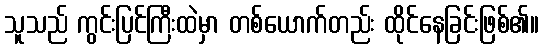
သူသည် ကွင်းပြင်ကြီးထဲမှာ တစ်ယောက်တည်း ထိုင်နေခြင်းဖြစ်၏။